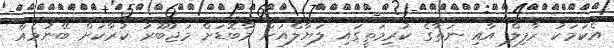
އެކަމަކު ރާފިލް އާއި ނަތާގެ ކުރިމަތީގައި ލަޔާލްއަށް މާބޮޑަށް މަޖުބޫރު ކުރާކަށް ބޭނުމެއް